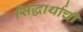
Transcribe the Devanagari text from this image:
सिद्धार्थाची